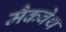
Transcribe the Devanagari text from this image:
मैकवेथ